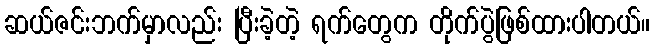
ဆယ်ဇင်းဘက်မှာလည်း ပြီးခဲ့တဲ့ ရက်တွေက တိုက်ပွဲဖြစ်ထားပါတယ်။